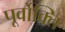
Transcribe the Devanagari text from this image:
पूर्वोक्ति